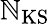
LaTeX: \mathbb{N}_{\mathrm{{{KS}}}}